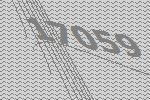
17059